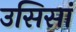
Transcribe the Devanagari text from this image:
उसिसां